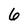
Character: 6